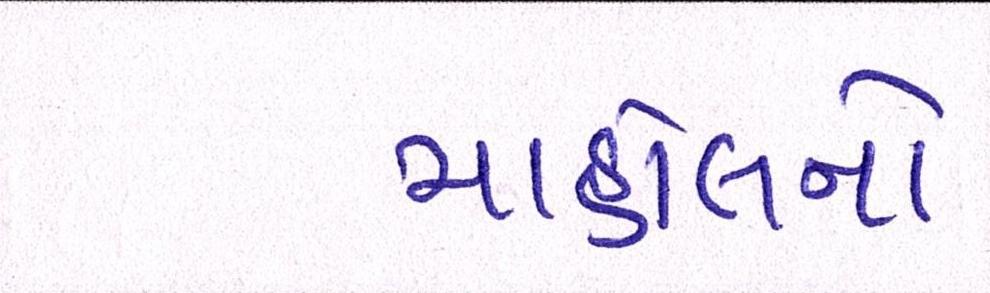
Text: માહોલનો